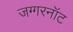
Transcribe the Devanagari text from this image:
जग्गरनॉट